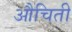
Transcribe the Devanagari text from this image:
औचिती